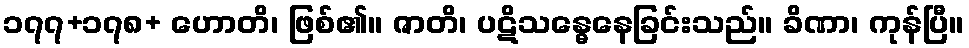
၁၇၇+၁၇၈+ ဟောတိ၊ ဖြစ်၏။ ဇာတိ၊ ပဋိသန္ဓေနေခြင်းသည်။ ခိဏာ၊ ကုန်ပြီ။